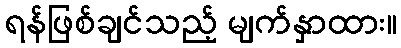
ရန်ဖြစ်ချင်သည့် မျက်နှာထား။